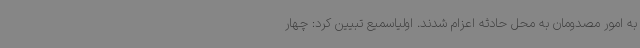
به امور مصدومان به محل حادثه اعزام شدند. اولیاسمیع تبیین کرد: چهار